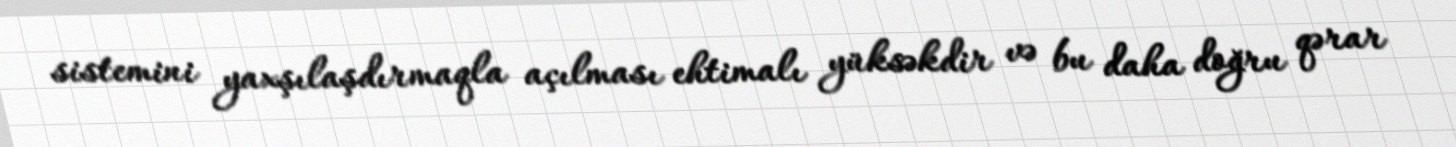
sistemini yaxşılaşdırmaqla açılması ehtimalı yüksəkdir və bu daha doğru qərar